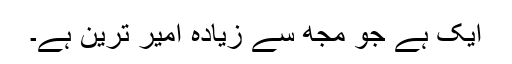
ایک ہے جو مجھ سے زیادہ امیر ترین ہے۔